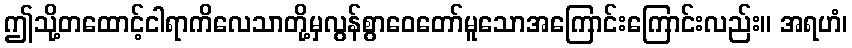
ဤသို့တထောင့်ငါရာကိလေသာတို့မှလွန်စွာဝေတော်မူသောအကြောင်းကြောင်းလည်း။ အရဟံ၊